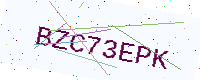
Text: BZC73EPK